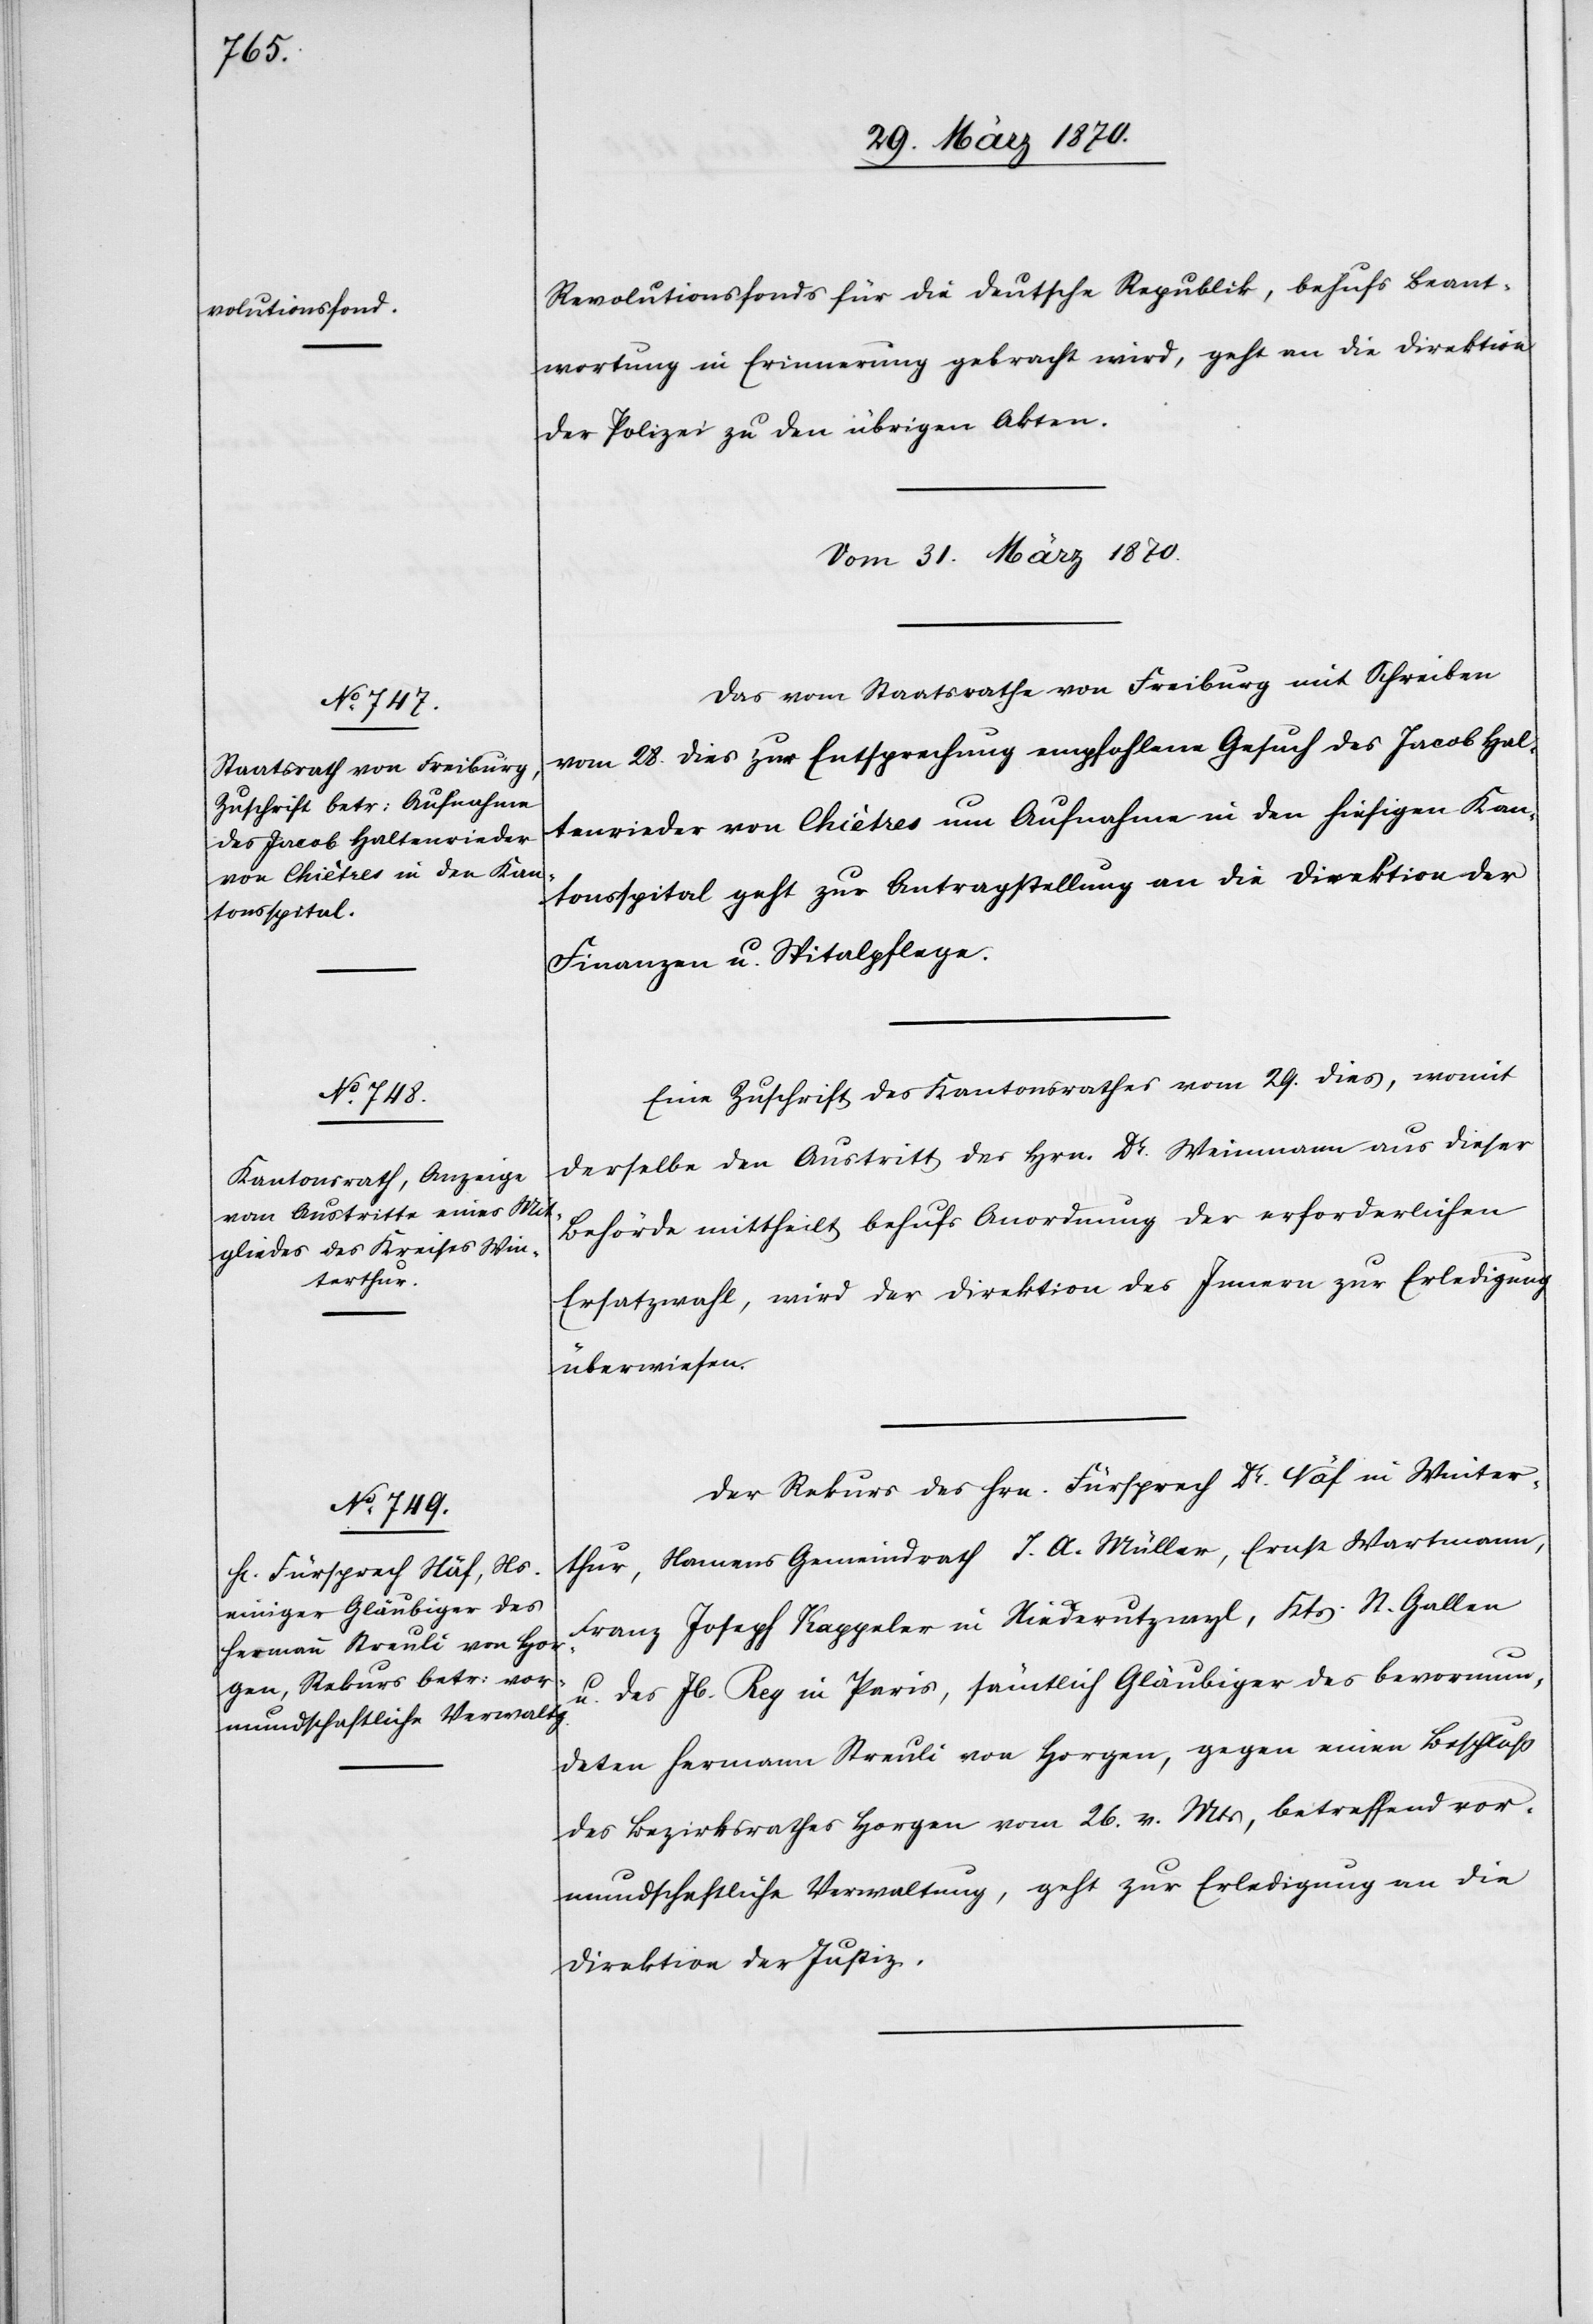
Revolutionsfonds für die deutsche Republik, behufs Beant¬
wortung in Erinnerung gebracht wird, geht an die Direktion
der Polizei zu den übrigen Akten.
Vom 31. März 1870.]
Das vom Staatsrathe von Freiburg mit Schreiben
vom 28. dies zur Entsprechung empfohlene Gesuch des Jacob Hal¬
tenrieder von Chiètres um Aufnahme in den hiesigen Kan¬
tonsspital geht zur Antragstellung an die Direktion der
Finanzen u. Spitalpflege.
Eine Zuschrift des Kantonsrathes vom 29. dies, womit
derselbe den Austritt des Hrn. Dr. Weinmann aus dieser
Behörde mittheilt behufs Anordnung der erforderlichen
Ersatzwahl, wird der Direktion des Innern zur Erledigung
überwiesen.
Der Rekurs des Hrn. Fürsprech Dr. Näf in Winter¬
thur, Namens Gemeindrath J. A. Müller, Ernst Wartmann,
Franz Joseph Kappeler in Niederutzwyl, Kts. St. Gallen
u. des Jb. Rey in Paris, sämtlich Gläubiger des bevormun¬
deten Hermann Streuli von Horgen, gegen einen Beschluß
des Bezirksrathes Horgen vom 26. v. Mts, betreffend vor¬
mundschaftliche Verwaltung, geht zur Erledigung an die
Direktion der Justiz.